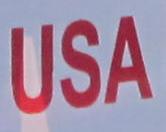
usa